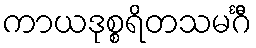
ကာယဒုစ္စရိတသမင်္ဂီ